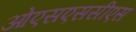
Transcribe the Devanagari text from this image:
ओएसएससीएस